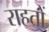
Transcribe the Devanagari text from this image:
राहतों